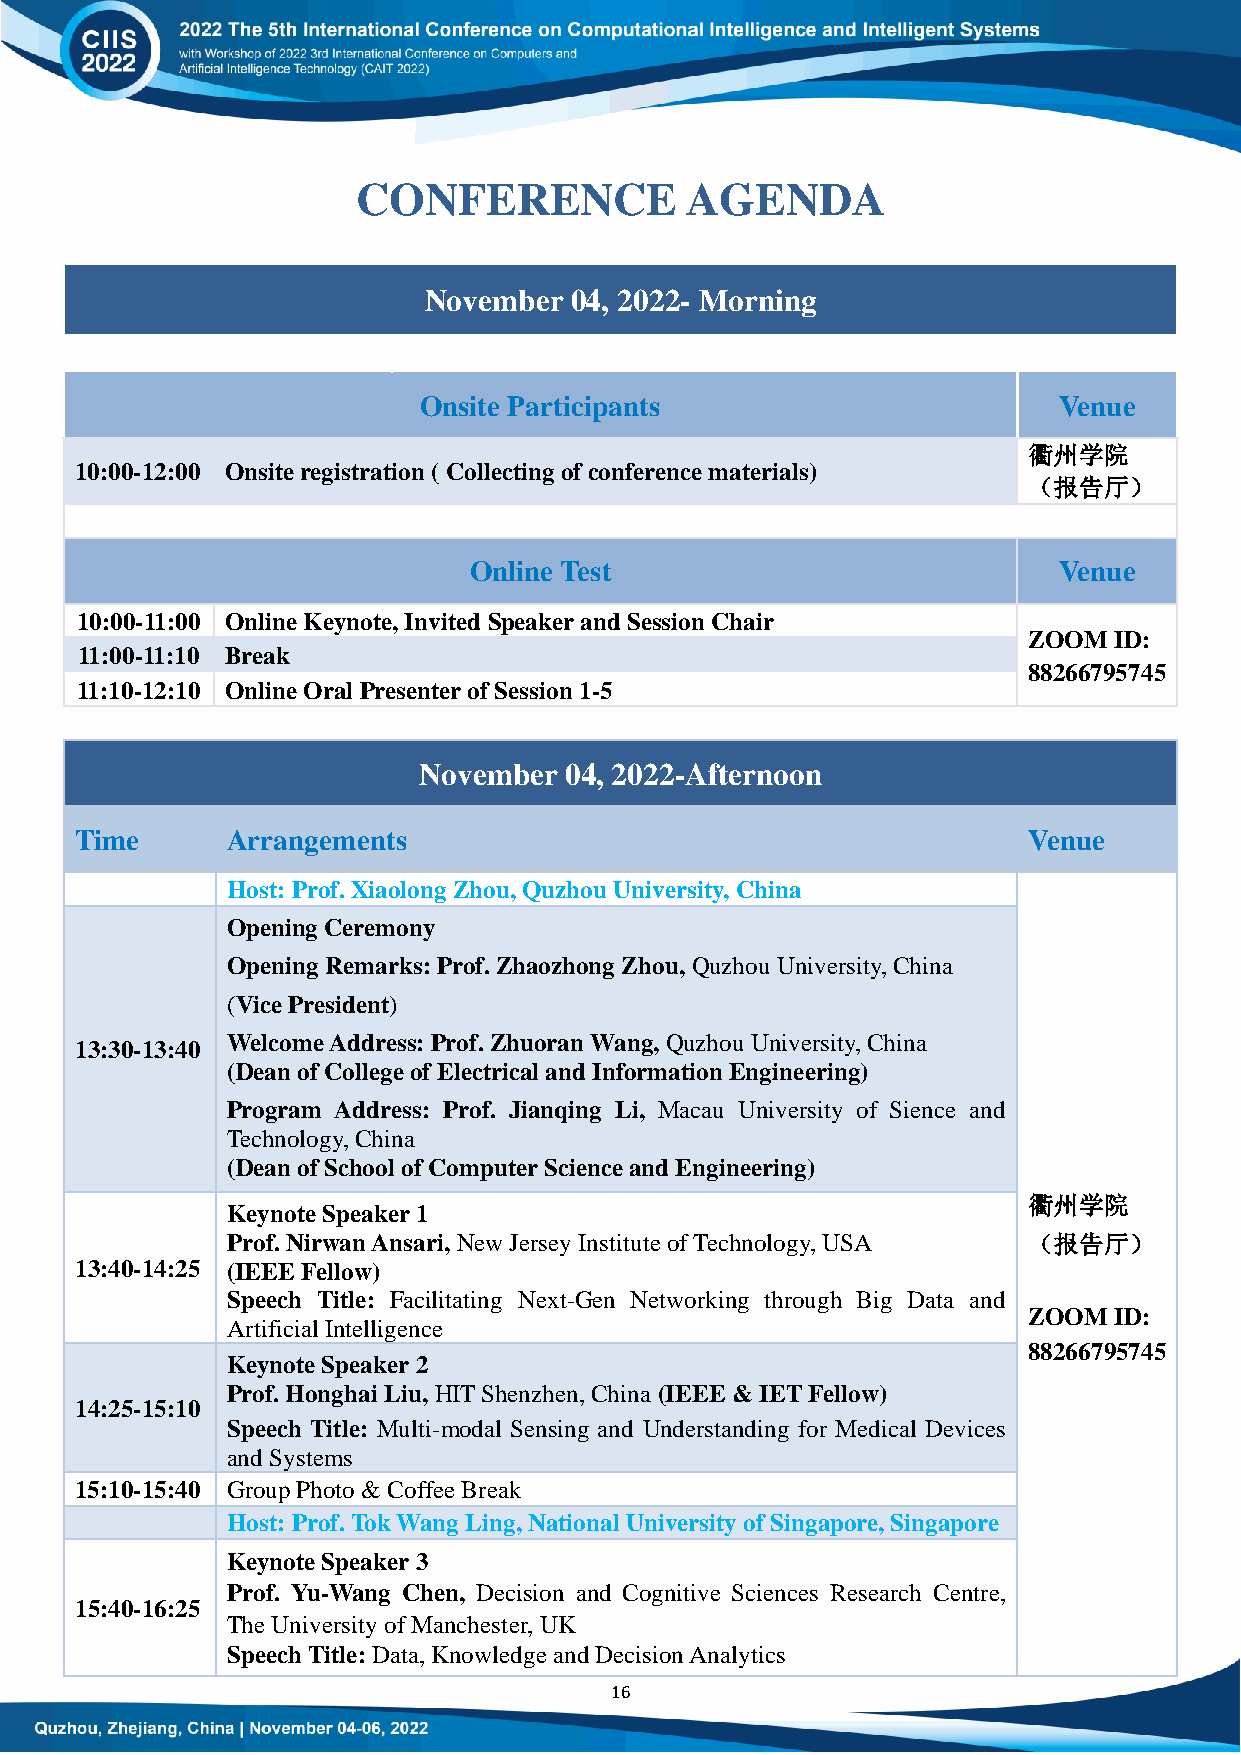
CONFERENCE           AGENDA
 November  04, 2022- Morning
 Onsite Participants                       Venue
 衢州学院
 10:00-12:00 Onsite registration ( Collecting of conference materials)
 （报告厅）
 Online Test                            Venue
 10:00-11:00 Online Keynote, Invited Speaker and Session Chair
 ZOOM  ID:
 11:00-11:10 Break
 88266795745
 11:10-12:10 Online Oral Presenter of Session 1-5
 November 04, 2022-Afternoon
 Time      Arrangements                                         Venue
 Host: Prof. Xiaolong Zhou, Quzhou University, China
 Opening Ceremony
 Opening Remarks: Prof. Zhaozhong Zhou, Quzhou University, China
 (Vice President)
 Welcome Address: Prof. Zhuoran Wang, Quzhou University, China
 13:30-13:40
 (Dean of College of Electrical and Information Engineering)
 Program Address: Prof. Jianqing Li, Macau University of Sience and
 Technology, China
 (Dean of School of Computer Science and Engineering)
 衢州学院
 Keynote Speaker 1
 Prof. Nirwan Ansari, New Jersey Institute of Technology, USA （报告厅）
 13:40-14:25 (IEEE Fellow)
 Speech Title: Facilitating Next-Gen Networking through Big Data and
 ZOOM  ID:
 Artificial Intelligence
 88266795745
 Keynote Speaker 2
 Prof. Honghai Liu, HIT Shenzhen, China (IEEE & IET Fellow)
 14:25-15:10
 Speech Title: Multi-modal Sensing and Understanding for Medical Devices
 and Systems
 15:10-15:40 Group Photo & Coffee Break
 Host: Prof. Tok Wang Ling, National University of Singapore, Singapore
 Keynote Speaker 3
 Prof. Yu-Wang Chen, Decision and Cognitive Sciences Research Centre,
 15:40-16:25
 The University of Manchester, UK
 Speech Title: Data, Knowledge and Decision Analytics
 16